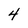
Character: 4